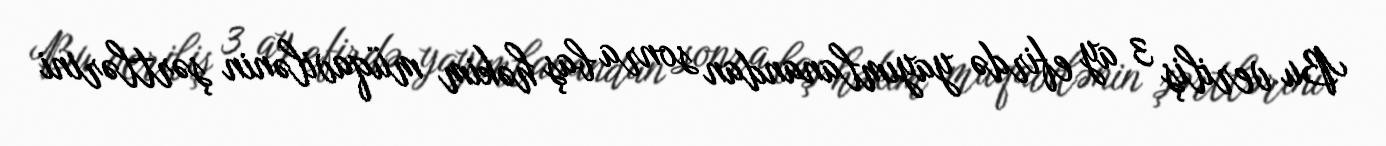
Bu veriliş 3 ay efirdə yayımlanandan sonra baş həkim müqavilənin şərtlərini